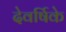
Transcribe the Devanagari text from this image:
देवर्षिके